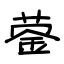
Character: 蓥